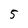
Character: 5